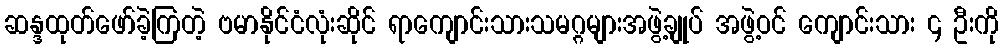
ဆန္ဒထုတ်ဖော်ခဲ့ကြတဲ့ ဗမာနိုင်ငံလုံးဆိုင် ရာကျောင်းသားသမဂ္ဂများအဖွဲ့ချုပ် အဖွဲ့ဝင် ကျောင်းသား ၄ ဦးကို